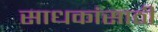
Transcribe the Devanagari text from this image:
साधकांसाठी